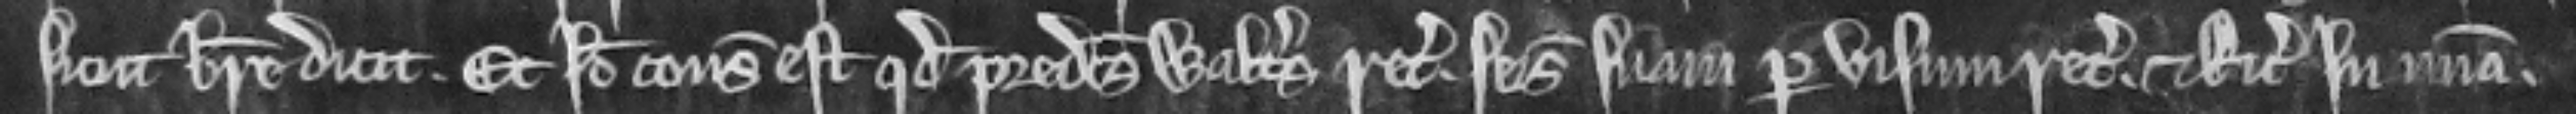
sicut breve dicit. Et ideo consideratum est quod predictus Walterus recoperet seisinam suam per visum recognitum. et Ricardum in misericordia.